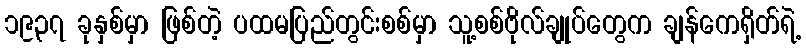
၁၉၃၇ ခုနှစ်မှာ ဖြစ်တဲ့ ပထမပြည်တွင်းစစ်မှာ သူ့စစ်ဗိုလ်ချုပ်တွေက ချန်ကေရှိတ်ရဲ့